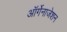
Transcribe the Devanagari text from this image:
ऑर्गेनाजेशन